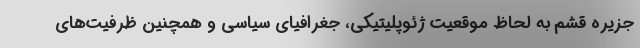
جزیره قشم به لحاظ موقعیت ژئوپلیتیکی، جغرافیای سیاسی و همچنین ظرفیت‌های